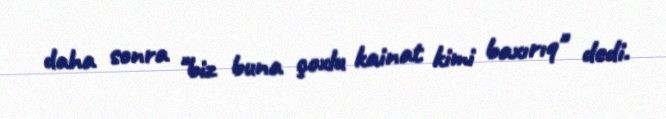
daha sonra "biz buna çoxlu kainat kimi baxırıq" dedi.